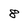
Character: 8